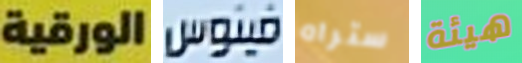
الورقية فينوس ستراه هيئة